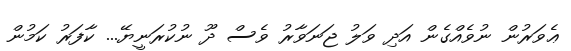
ޢެވަރުން ނުވެއްގެން އަދި ވަލު ޖަނަވާރު ވެސް ދޫ ނުކުރަނީޔޭ... ކާފަރު ކަމުން